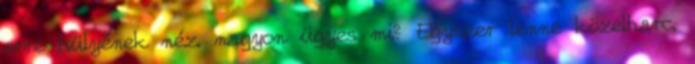
erre hülyének néz. nagyon ügyes mi? Egyszer lenne közelharc.